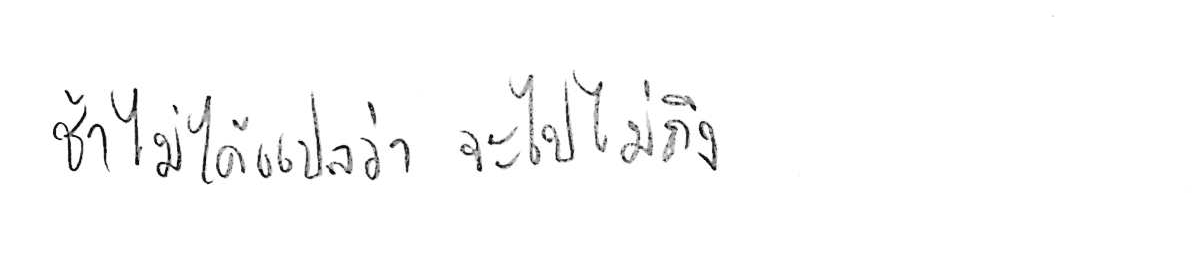
ช้า ไม่ได้แปลว่า จะไปไม่ถึง